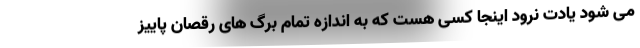
می شود یادت نرود اینجا کسی هست که به اندازه تمام برگ های رقصان پاییز